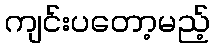
ကျင်းပတော့မည့်